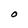
Character: O